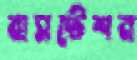
বাসস্টেশন